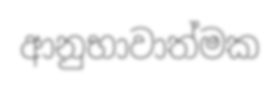
ආනුභාවාත්මක